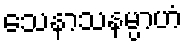
သေနာသနမ္ပာဟံ